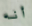
أنه